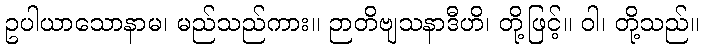
ဥပါယာသောနာမ၊ မည်သည်ကား။ ဉာတိဗျသနာဒီဟိ၊ တို့ဖြင့်။ ဝါ၊ တို့သည်။